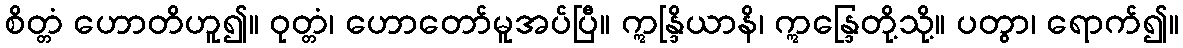
စိတ္တံ ဟောတိဟူ၍။ ဝုတ္တံ၊ ဟောတော်မူအပ်ပြီ။ ဣန္ဒြိယာနိ၊ ဣန္ဒြေတို့သို့။ ပတွာ၊ ရောက်၍။